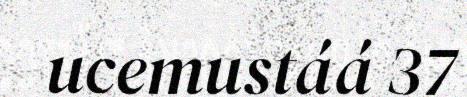
ucemustáá 37